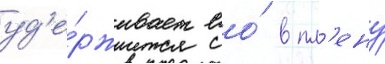
уд'е́рживает ео́ в пл'ену